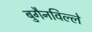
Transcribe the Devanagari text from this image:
बुगैनविल्ले